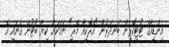
އިންޑިއާގެ ޓުޓިކޮރިން ބަނދަރުން "އެރޮކިއާ މޭރީ" ނަމަކަށް ކިޔާ ބޯޓުން ގެނައި އެ